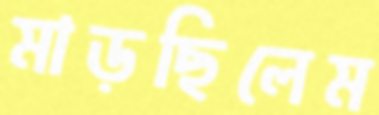
মাড়ছিলেম